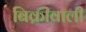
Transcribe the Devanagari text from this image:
बिक्रीवाली